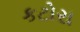
કટોરા